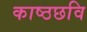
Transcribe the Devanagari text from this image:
काष्ठछवि